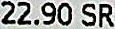
22.90 SR